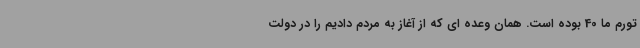
تورم ما 40 بوده است. همان وعده ای که از آغاز به مردم دادیم را در دولت